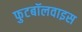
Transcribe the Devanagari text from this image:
फुटबॉलवाइस